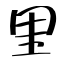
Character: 里